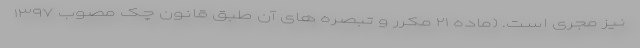
نیز مجری است. (ماده ۲۱ مکرر و تبصره های آن طبق قانون چک مصوب ۱۳۹۷